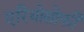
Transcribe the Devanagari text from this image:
एरियोसोफी